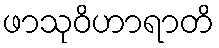
ဖာသုဝိဟာရာတိ